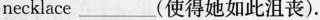
necklace ___ (使得她如此沮丧).